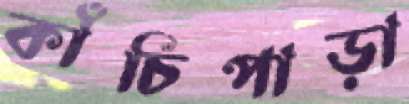
কাঁচিপাড়া